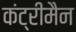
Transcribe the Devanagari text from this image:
कंट्रीमैन